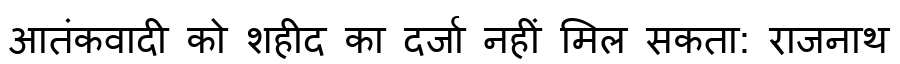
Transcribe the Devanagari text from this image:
आतंकवादी को शहीद का दर्जा नहीं मिल सकता: राजनाथ